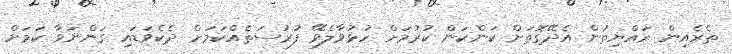
ތެރެއިން ރައްޔިތުން އެދޭގޮތަށް ކަންކަން ކުރުމަށް ހުޅުވާލެވޭ ފުރުސަތެއްކަމަށް ދެކެވަޑައި ގަންނަވާ ކަމަށް